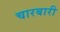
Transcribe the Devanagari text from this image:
चारबारी